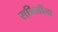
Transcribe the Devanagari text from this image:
समितींना